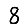
Digit: 8